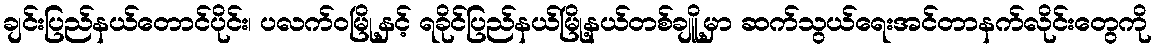
ချင်းပြည်နယ်တောင်ပိုင်း၊ ပလက်၀မြို့နှင့် ရခိုင်ပြည်နယ်မြို့နယ်တစ်ချိူ့မှာ ဆက်သွယ်ရေးအင်တာနက်လိုင်းတွေကို